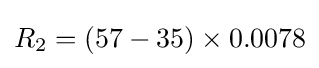
R_{2}=(57-35)\times 0.0078